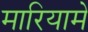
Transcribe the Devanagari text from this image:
मारियामे